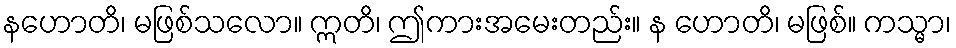
နဟောတိ၊ မဖြစ်သလော။ ဣတိ၊ ဤကားအမေးတည်း။ န ဟောတိ၊ မဖြစ်။ ကသ္မာ၊